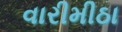
વારીમીઠા